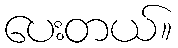
ပေးတယ်။